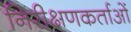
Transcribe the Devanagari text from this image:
निरीक्षणकर्ताओं